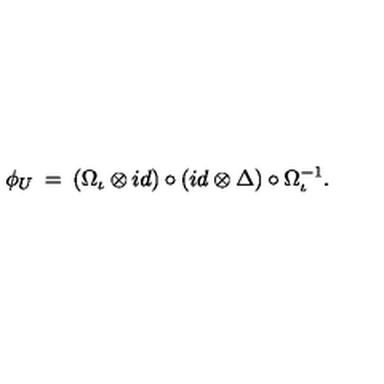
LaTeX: \phi _ { U } \: = \: ( \Omega _ { \iota } \otimes i d ) \circ ( i d \otimes \Delta ) \circ \Omega _ { \iota } ^ { - 1 } .